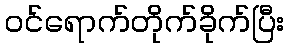
ဝင်ရောက်တိုက်ခိုက်ပြီး